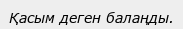
Қасым деген балаңды.